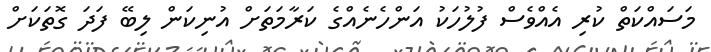
މަސައްކަތް ކުރި އެއްވެސް ފުލުހަކު އަންހެނެއްގެ ކަރާމަތަށް އުނިކަން ލިބޭ ފަދަ ގޮތަކަށް